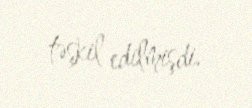
təşkil edilmişdi.